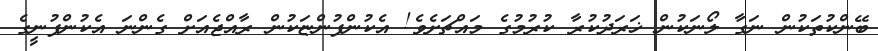
ބޭންކުތަކުން ނަގާ ލޯނަކުން ޚަރަދުކުރާ ކުރުމުގެ މައްޗަށެވެ! އެކުންފުންޏަކުން ރާއްޖެއަށް ގެންނަ އެކުންފުނީގެ